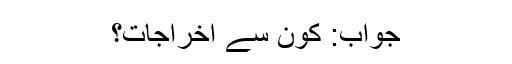
جواب: کون سے اخراجات؟